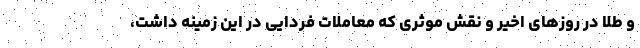
و طلا در روزهای اخیر و نقش موثری که معاملات فردایی در این زمینه داشت،